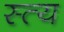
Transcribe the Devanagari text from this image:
स्त्य